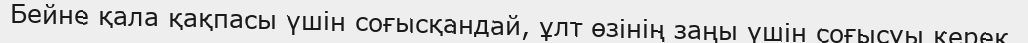
Бейне қала қақпасы үшін соғысқандай, ұлт өзінің заңы үшін соғысуы керек.